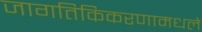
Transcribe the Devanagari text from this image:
जागतिकिकरणामधले